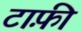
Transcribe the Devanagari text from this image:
टाफ़ी